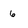
Character: 6